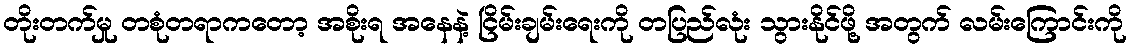
တိုးတက်မှု တစုံတရာကတော့ အစိုးရ အနေနဲ့ ငြိမ်းချမ်းရေးကို တပြည်လုံး သွားနိုင်ဖို့ အတွက် လမ်းကြောင်းကို